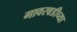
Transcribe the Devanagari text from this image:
गावरवडीच्या